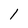
Character: 1